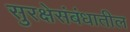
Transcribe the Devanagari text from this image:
सुरक्षेसंबंधातील